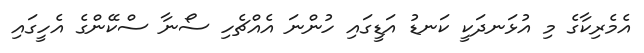
އެމެރިކާގެ މި އުޅަނދަކީ ކަނޑު އަޑީގައި ހުންނަ އެއްޗެހި ސޯނާ ސްކޭންގެ އެހީގައި